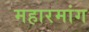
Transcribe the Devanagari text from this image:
महारमांग